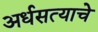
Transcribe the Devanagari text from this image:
अर्धसत्याचे